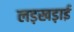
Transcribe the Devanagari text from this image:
लड़खड़ाई